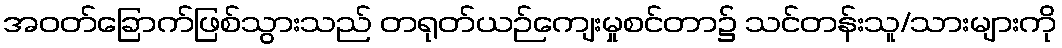
အဝတ်ခြောက်ဖြစ်သွားသည် တရုတ်ယဉ်ကျေးမှုစင်တာ၌ သင်တန်းသူ/သားများကို